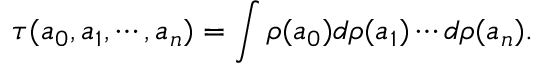
\tau ( a _ { 0 } , a _ { 1 } , \cdots , a _ { n } ) = \int \rho ( a _ { 0 } ) d \rho ( a _ { 1 } ) \cdots d \rho ( a _ { n } ) .